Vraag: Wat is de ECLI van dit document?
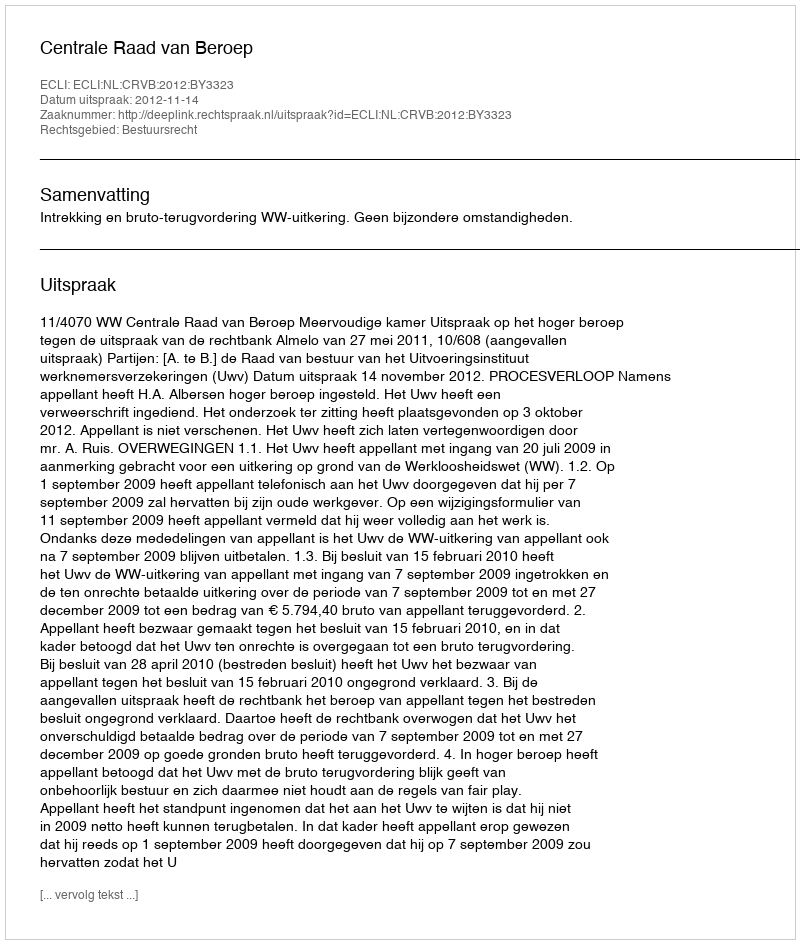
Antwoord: ECLI:NL:CRVB:2012:BY3323